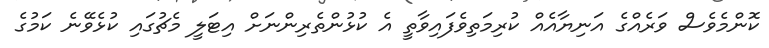
ކޮންމެވެސް ވަރެއްގެ އަނިޔާއެއް ކުރިމަތިވެފައިވާތީ އެ ކުޅުންތެރިންނަށް އިޓަލީ މެޗުގައި ކުޅެވޭނެ ކަމުގެ